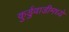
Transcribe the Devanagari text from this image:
कुर्डुवाडीमध्ये